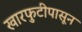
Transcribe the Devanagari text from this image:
खारफुटीपासून